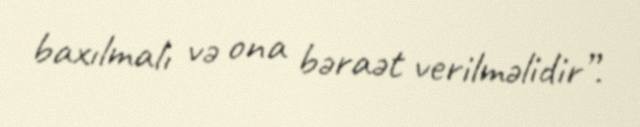
baxılmalı və ona bəraət verilməlidir”.